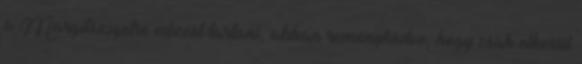
a Margitszigetre edzést tartani, abban reménykedve, hogy csak elkerül